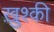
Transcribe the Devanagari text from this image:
ख़ुश्की